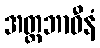
အတ္တဘာဝီနံ